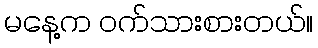
မနေ့က ဝက်သားစားတယ်။